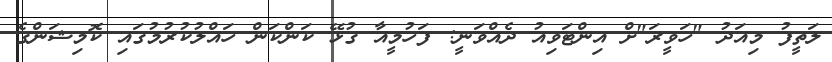
ލަތީފު މިއަދު "ހަވީރަ"ށް އިންޓަވިއު ދެއްވަނީ: ފަހުމީއާ ގުޅޭ ކަންކަން ހައްލުކުރުމުގައި ކޮމިޝަންގެ